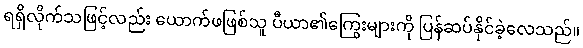
ရရှိလိုက်သဖြင့်လည်း ယောက်ဖဖြစ်သူ ပီယာ၏ကြွေးများကို ပြန်ဆပ်နိုင်ခဲ့လေသည်။